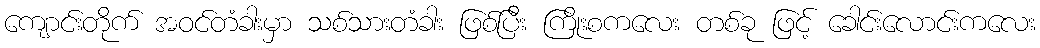
ကျောင်းတိုက် အဝင်တံခါးမှာ သစ်သားတံခါး ဖြစ်ပြီး ကြိုးစကလေး တစ်ခု ဖြင့် ခေါင်းလောင်းကလေး